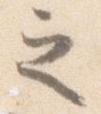
之